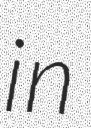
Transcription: in